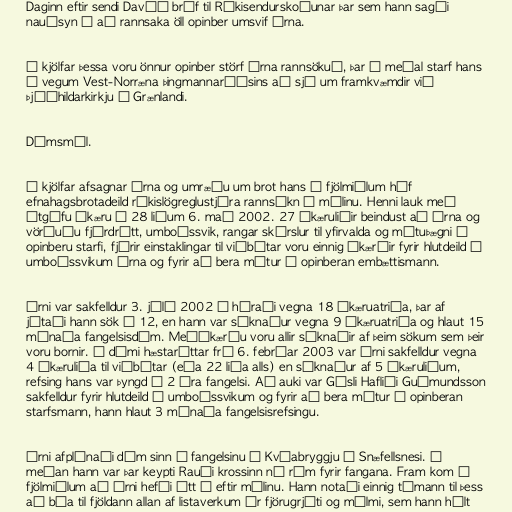
Daginn eftir sendi Davíð bréf til Ríkisendurskoðunar þar sem hann sagði
nauðsyn á að rannsaka öll opinber umsvif Árna.

Í kjölfar þessa voru önnur opinber störf Árna rannsökuð, þar á meðal starf hans
á vegum Vest-Norræna þingmannaráðsins að sjá um framkvæmdir við
Þjóðhildarkirkju á Grænlandi.

Dómsmál.

Í kjölfar afsagnar Árna og umræðu um brot hans í fjölmiðlum hóf
efnahagsbrotadeild ríkislögreglustjóra rannsókn á málinu. Henni lauk með
útgáfu ákæru í 28 liðum 6. maí 2002. 27 ákæruliðir beindust að Árna og
vörðuðu fjárdrátt, umboðssvik, rangar skýrslur til yfirvalda og mútuþægni í
opinberu starfi, fjórir einstaklingar til viðbótar voru einnig ákærðir fyrir hlutdeild í
umboðssvikum Árna og fyrir að bera mútur á opinberan embættismann.

Árni var sakfelldur 3. júlí 2002 í héraði vegna 18 ákæruatriða, þar af
játaði hann sök í 12, en hann var sýknaður vegna 9 ákæruatriða og hlaut 15
mánaða fangelsisdóm. Meðákærðu voru allir sýknaðir af þeim sökum sem þeir
voru bornir. Í dómi hæstaréttar frá 6. febrúar 2003 var Árni sakfelldur vegna
4 ákæruliða til viðbótar (eða 22 liða alls) en sýknaður af 5 ákæruliðum,
refsing hans var þyngd í 2 ára fangelsi. Að auki var Gísli Hafliði Guðmundsson
sakfelldur fyrir hlutdeild í umboðssvikum og fyrir að bera mútur á opinberan
starfsmann, hann hlaut 3 mánaða fangelsisrefsingu.

Árni afplánaði dóm sinn í fangelsinu á Kvíabryggju á Snæfellsnesi. Á
meðan hann var þar keypti Rauði krossinn ný rúm fyrir fangana. Fram kom í
fjölmiðlum að Árni hefði ýtt á eftir málinu. Hann notaði einnig tímann til þess
að búa til fjöldann allan af listaverkum úr fjörugrjóti og málmi, sem hann hélt